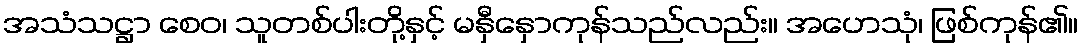
အသံသဋ္ဌာ စေဝ၊ သူတစ်ပါးတို့နှင့် မနှီနှောကုန်သည်လည်း။ အဟေသုံ၊ ဖြစ်ကုန်၏။